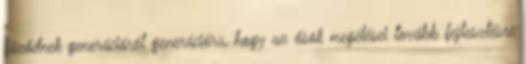
fűződnek generációról generációra, hogy az ősök megélései tovább fejlesztésre